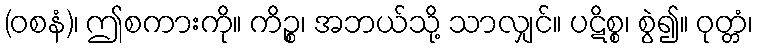
(ဝစနံ)၊ ဤစကားကို။ ကိဉ္စ၊ အဘယ်သို့ သာလျှင်။ ပဋိစ္စ၊ စွဲ၍။ ဝုတ္တံ၊